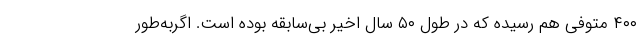
۴۰۰ متوفی هم رسیده که در طول ۵۰ سال اخیر بی‌سابقه بوده است. اگربه‌طور